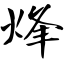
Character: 烽